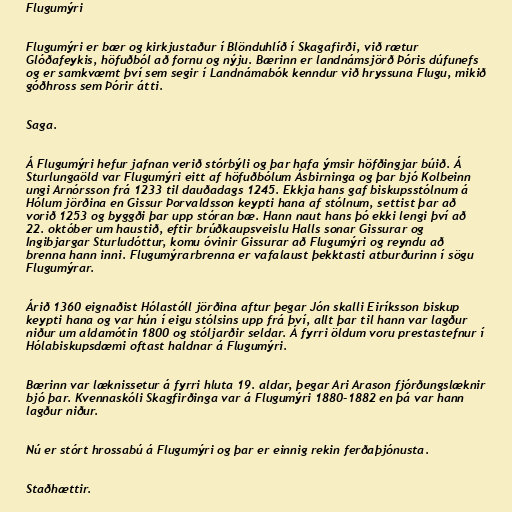
Flugumýri

Flugumýri er bær og kirkjustaður í Blönduhlíð í Skagafirði, við rætur
Glóðafeykis, höfuðból að fornu og nýju. Bærinn er landnámsjörð Þóris dúfunefs
og er samkvæmt því sem segir í Landnámabók kenndur við hryssuna Flugu, mikið
góðhross sem Þórir átti.

Saga.

Á Flugumýri hefur jafnan verið stórbýli og þar hafa ýmsir höfðingjar búið. Á
Sturlungaöld var Flugumýri eitt af höfuðbólum Ásbirninga og þar bjó Kolbeinn
ungi Arnórsson frá 1233 til dauðadags 1245. Ekkja hans gaf biskupsstólnum á
Hólum jörðina en Gissur Þorvaldsson keypti hana af stólnum, settist þar að
vorið 1253 og byggði þar upp stóran bæ. Hann naut hans þó ekki lengi því að
22. október um haustið, eftir brúðkaupsveislu Halls sonar Gissurar og
Ingibjargar Sturludóttur, komu óvinir Gissurar að Flugumýri og reyndu að
brenna hann inni. Flugumýrarbrenna er vafalaust þekktasti atburðurinn í sögu
Flugumýrar.

Árið 1360 eignaðist Hólastóll jörðina aftur þegar Jón skalli Eiríksson biskup
keypti hana og var hún í eigu stólsins upp frá því, allt þar til hann var lagður
niður um aldamótin 1800 og stóljarðir seldar. Á fyrri öldum voru prestastefnur í
Hólabiskupsdæmi oftast haldnar á Flugumýri.

Bærinn var læknissetur á fyrri hluta 19. aldar, þegar Ari Arason fjórðungslæknir
bjó þar. Kvennaskóli Skagfirðinga var á Flugumýri 1880-1882 en þá var hann
lagður niður.

Nú er stórt hrossabú á Flugumýri og þar er einnig rekin ferðaþjónusta.

Staðhættir.